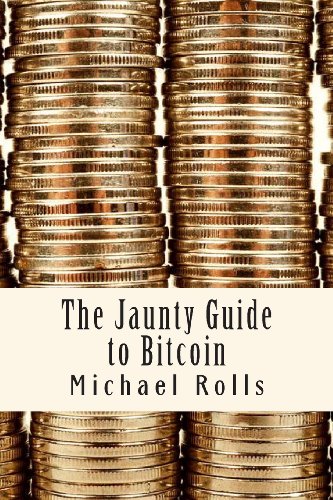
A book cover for The Jaunty Guide to Bitcoin (Jaunty Guides); Michael S Rolls; Computers & Technology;